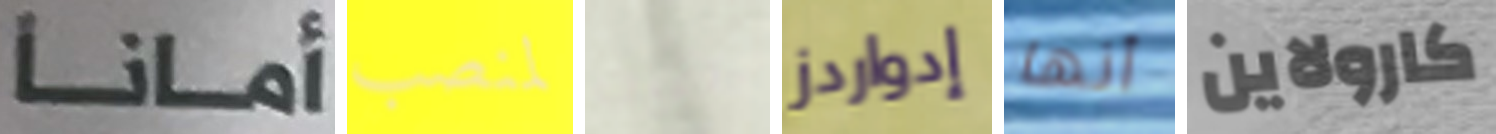
أمانا لمنصب اثبت إدواردز أنها كارولاين